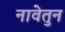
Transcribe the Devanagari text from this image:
नावेतुन